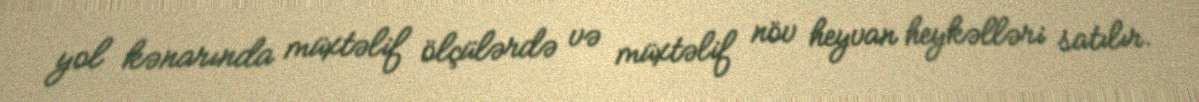
yol kənarında müxtəlif ölçülərdə və müxtəlif növ heyvan heykəlləri satılır.